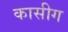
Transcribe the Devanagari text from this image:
कासीग